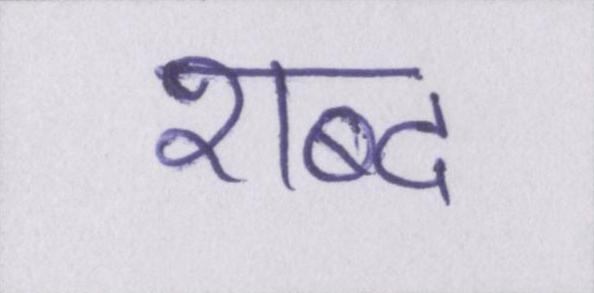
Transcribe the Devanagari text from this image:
शब्द